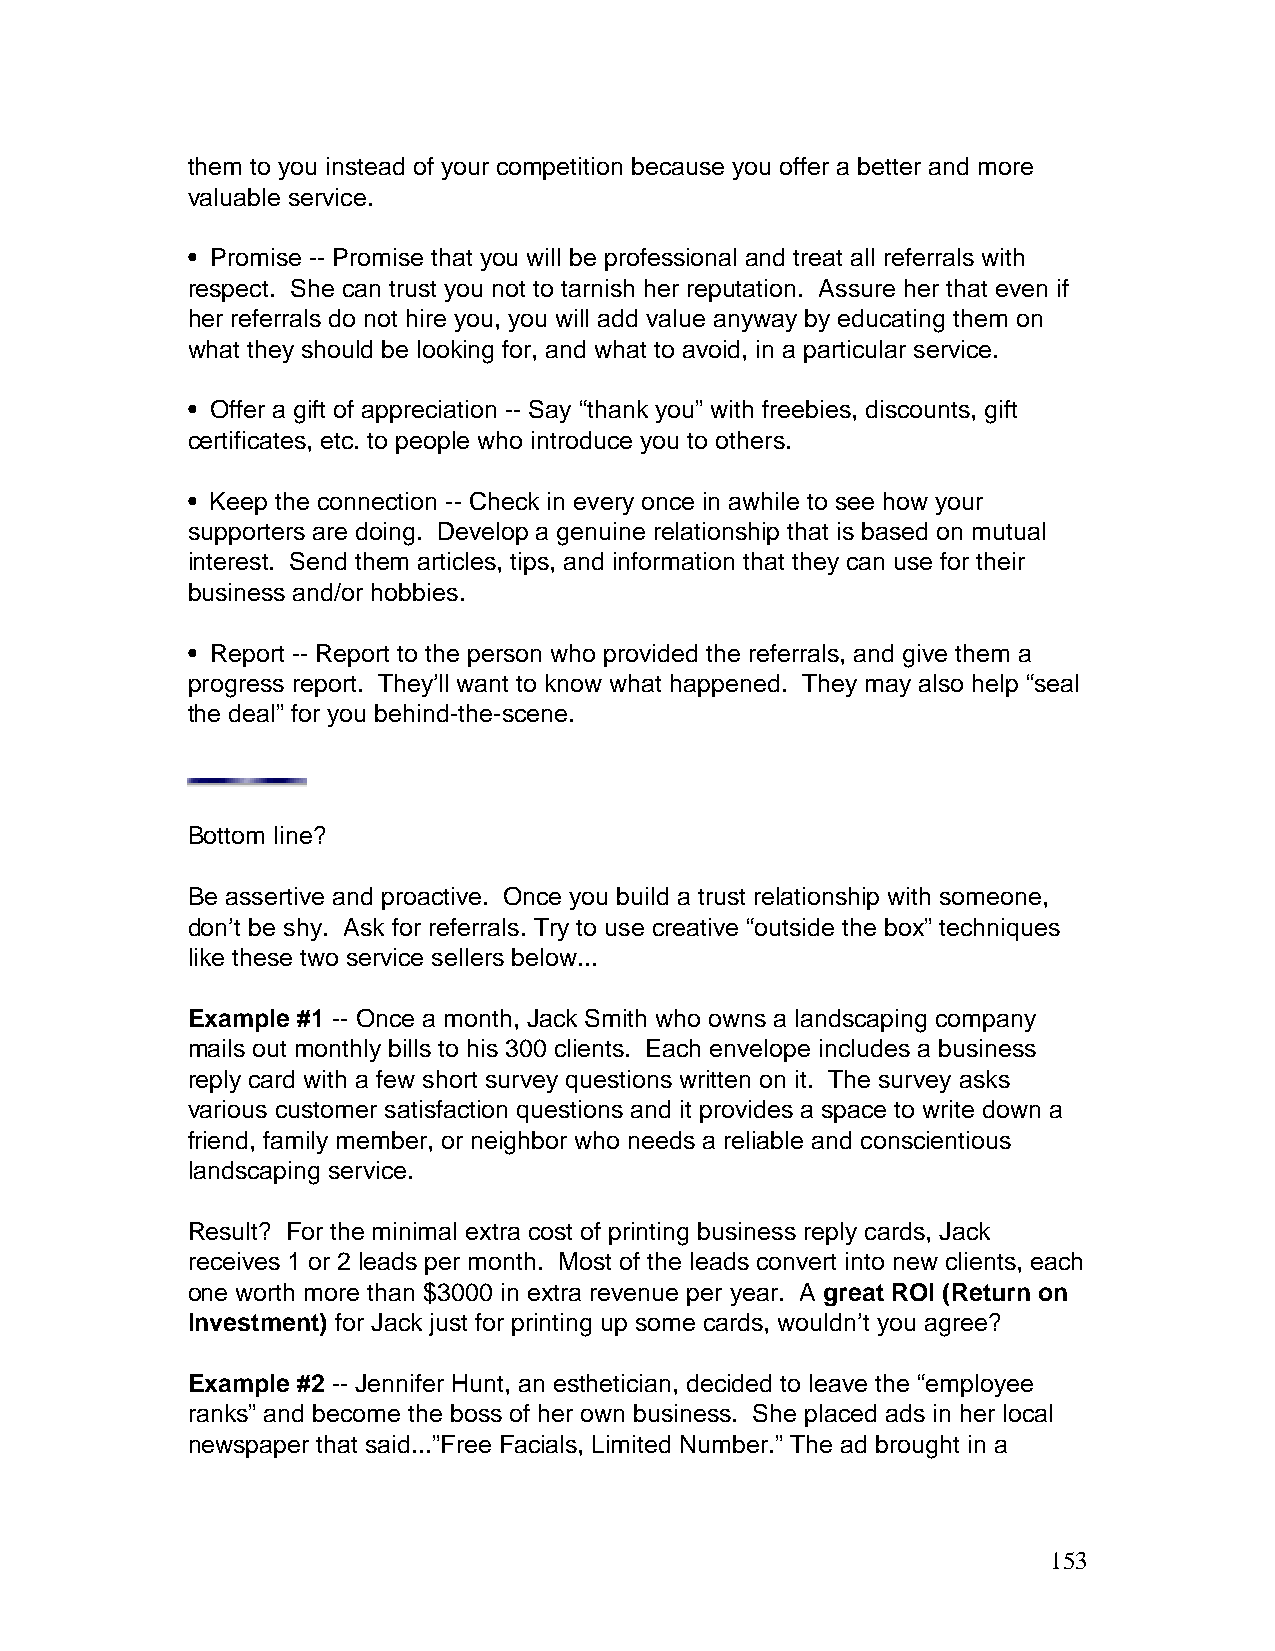
them to you instead of your competition because you offer a better and more
 valuable service.
 • Promise -- Promise that you will be professional and treat all referrals with
 respect. She can trust you not to tarnish her reputation. Assure her that even if
 her referrals do not hire you, you will add value anyway by educating them on
 what they should be looking for, and what to avoid, in a particular service.
 • Offer a gift of appreciation -- Say “thank you” with freebies, discounts, gift
 certificates, etc. to people who introduce you to others.
 • Keep the connection -- Check in every once in awhile to see how your
 supporters are doing. Develop a genuine relationship that is based on mutual
 interest. Send them articles, tips, and information that they can use for their
 business and/or hobbies.
 • Report -- Report to the person who provided the referrals, and give them a
 progress report. They’ll want to know what happened. They may also help “seal
 the deal” for you behind-the-scene.
 Bottom line?
 Be assertive and proactive. Once you build a trust relationship with someone,
 don’t be shy. Ask for referrals. Try to use creative “outside the box” techniques
 like these two service sellers below...
 Example #1 -- Once a month, Jack Smith who owns a landscaping company
 mails out monthly bills to his 300 clients. Each envelope includes a business
 reply card with a few short survey questions written on it. The survey asks
 various customer satisfaction questions and it provides a space to write down a
 friend, family member, or neighbor who needs a reliable and conscientious
 landscaping service.
 Result? For the minimal extra cost of printing business reply cards, Jack
 receives 1 or 2 leads per month. Most of the leads convert into new clients, each
 one worth more than $3000 in extra revenue per year. A great ROI (Return on
 Investment) for Jack just for printing up some cards, wouldn’t you agree?
 Example #2 -- Jennifer Hunt, an esthetician, decided to leave the “employee
 ranks” and become the boss of her own business. She placed ads in her local
 newspaper that said...”Free Facials, Limited Number.” The ad brought in a
 153